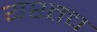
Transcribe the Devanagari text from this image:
यश्तच